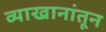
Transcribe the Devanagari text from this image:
व्याखानांतून